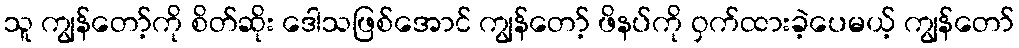
သူ ကျွန်တော့်ကို စိတ်ဆိုး ဒေါသဖြစ်အောင် ကျွန်တော့် ဖိနပ်ကို ဝှက်ထားခဲ့ပေမယ့် ကျွန်တော်